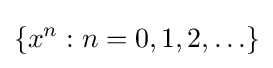
\{x^{n}:n=0,1,2,\ldots \}